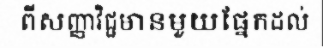
ពីសញ្ញាវិជ្ជមានមួយផ្នែកដល់